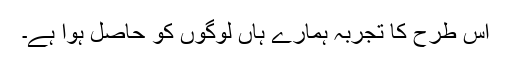
اس طرح کا تجربہ ہمارے ہاں لوگوں کو حاصل ہوا ہے۔